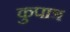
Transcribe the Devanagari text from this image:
कुपात्र